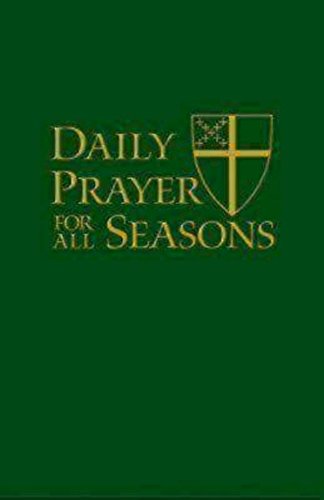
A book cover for Daily Prayer for All Seasons [English edition]; The Standing Commission on Liturgy Music; Christian Books & Bibles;